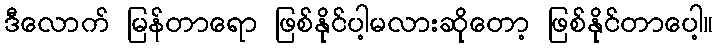
ဒီလောက် မြန်တာရော ဖြစ်နိုင်ပါ့မလားဆိုတော့ ဖြစ်နိုင်တာပေါ့။